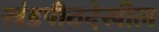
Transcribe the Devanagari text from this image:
खंडपीठदेखील